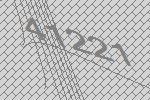
41221